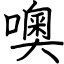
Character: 噢